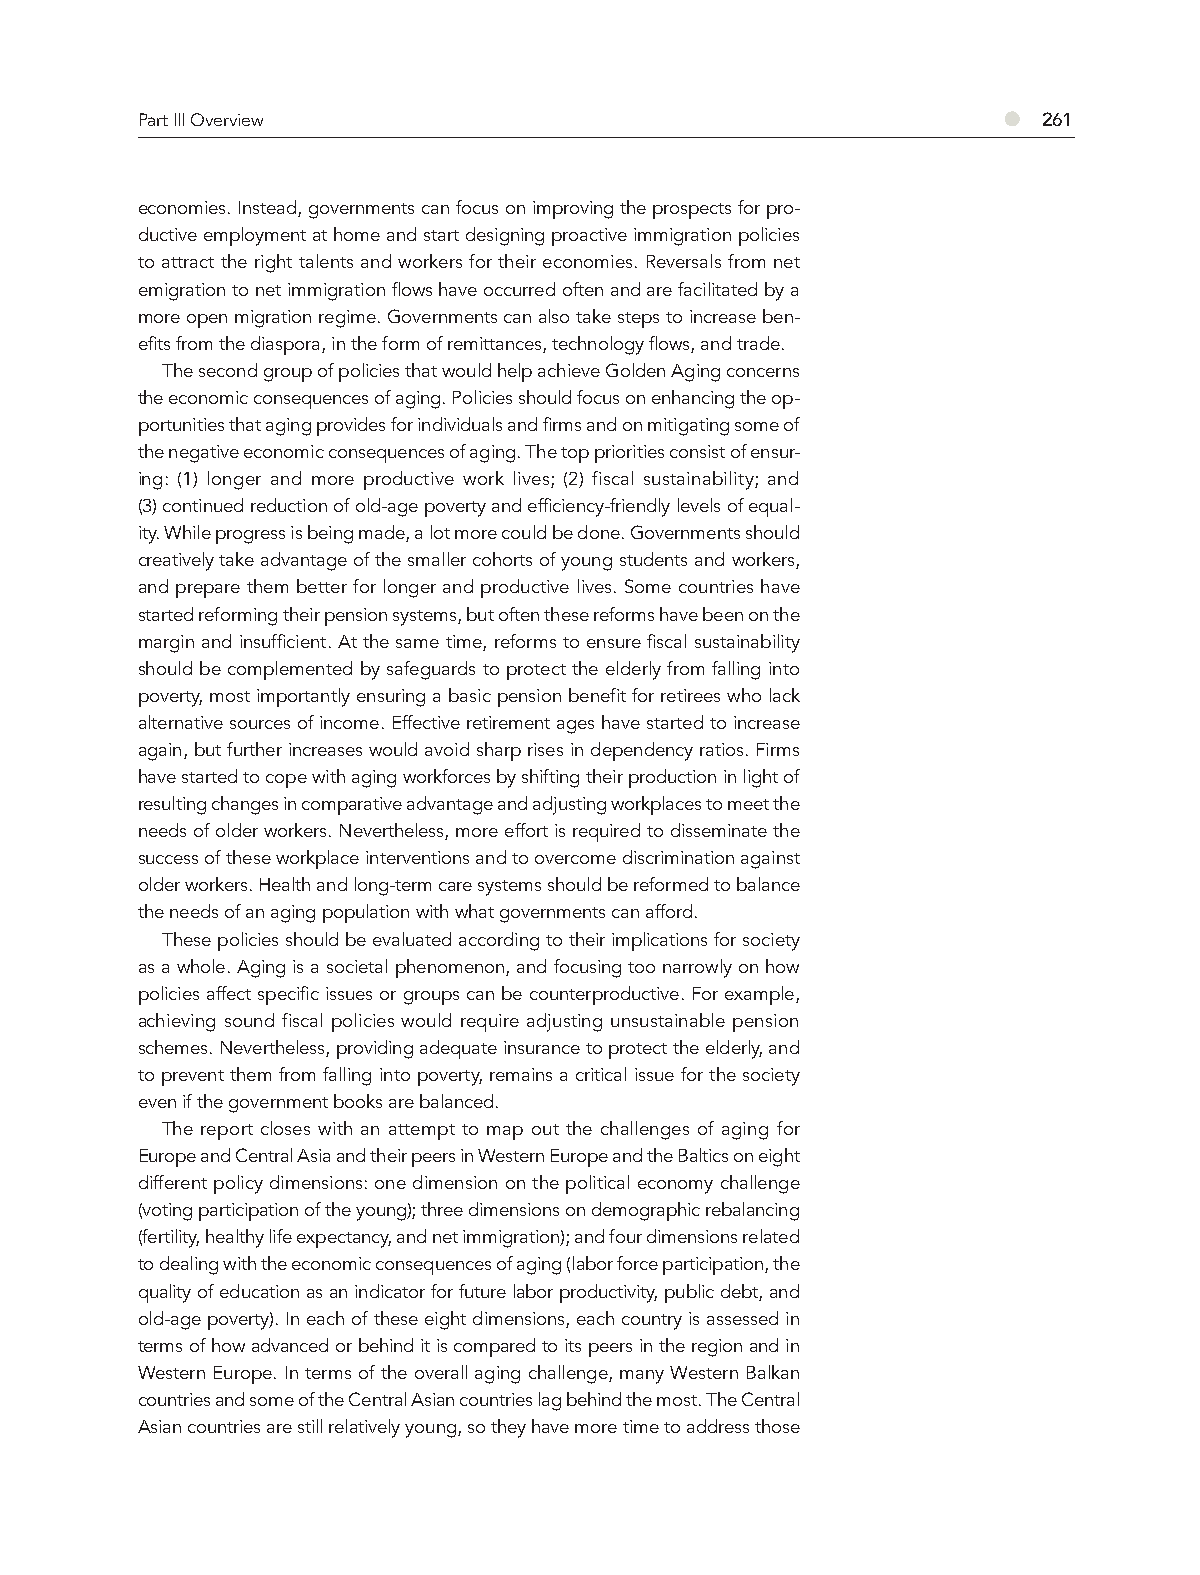
Part III Overview                                        ●  261
 economies. Instead, governments can focus on improving the prospects for pro-
 ductive employment at home and start designing proactive immigration policies
 to attract the right talents and workers for their economies. Reversals from net
 emigration to net immigration flows have occurred often and are facilitated by a
 more open migration regime. Governments can also take steps to increase ben-
 efits from the diaspora, in the form of remittances, technology flows, and trade.
 The second group of policies that would help achieve Golden Aging concerns
 the economic consequences of aging. Policies should focus on enhancing the op-
 portunities that aging provides for individuals and firms and on mitigating some of
 the negative economic consequences of aging. The top priorities consist of ensur-
 ing: (1) longer and more productive work lives; (2) fiscal sustainability; and
 (3) continued reduction of old-age poverty and efficiency-friendly levels of equal-
 ity. While progress is being made, a lot more could be done. Governments should
 creatively take advantage of the smaller cohorts of young students and workers,
 and prepare them better for longer and productive lives. Some countries have
 started reforming their pension systems, but often these reforms have been on the
 margin and insufficient. At the same time, reforms to ensure fiscal sustainability
 should be complemented by safeguards to protect the elderly from falling into
 poverty, most importantly ensuring a basic pension benefit for retirees who lack
 alternative sources of income. Effective retirement ages have started to increase
 again, but further increases would avoid sharp rises in dependency ratios. Firms
 have started to cope with aging workforces by shifting their production in light of
 resulting changes in comparative advantage and adjusting workplaces to meet the
 needs of older workers. Nevertheless, more effort is required to disseminate the
 success of these workplace interventions and to overcome discrimination against
 older workers. Health and long-term care systems should be reformed to balance
 the needs of an aging population with what governments can afford.
 These policies should be evaluated according to their implications for society
 as a whole. Aging is a societal phenomenon, and focusing too narrowly on how
 policies affect specific issues or groups can be counterproductive. For example,
 achieving sound fiscal policies would require adjusting unsustainable pension
 schemes. Nevertheless, providing adequate insurance to protect the elderly, and
 to prevent them from falling into poverty, remains a critical issue for the society
 even if the government books are balanced.
 The report closes with an attempt to map out the challenges of aging for
 Europe and Central Asia and their peers in Western Europe and the Baltics on eight
 different policy dimensions: one dimension on the political economy challenge
 (voting participation of the young); three dimensions on demographic rebalancing
 (fertility, healthy life expectancy, and net immigration); and four dimensions related
 to dealing with the economic consequences of aging (labor force participation, the
 quality of education as an indicator for future labor productivity, public debt, and
 old-age poverty). In each of these eight dimensions, each country is assessed in
 terms of how advanced or behind it is compared to its peers in the region and in
 Western Europe. In terms of the overall aging challenge, many Western Balkan
 countries and some of the Central Asian countries lag behind the most. The Central
 Asian countries are still relatively young, so they have more time to address those